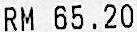
RM 65.20